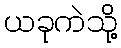
ယခုကဲသို့